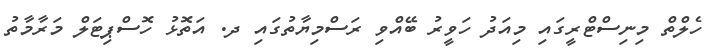
ހެލްތް މިނިސްޓްރީގައި މިއަދު ހަވީރު ބޭއްވި ރަސްމިޔާތުގައި ދ. އަތޮޅު ހޮސްޕިޓަލް މަރާމާތު